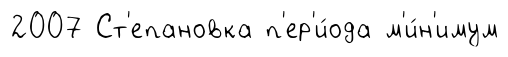
2007 Ст'епановка п'ер'и́ода м'и́н'имум